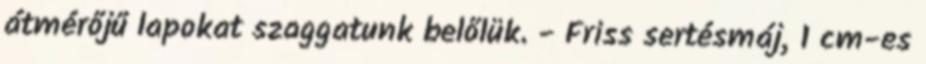
átmérőjű lapokat szaggatunk belőlük. - Friss sertésmáj, 1 cm-es